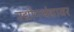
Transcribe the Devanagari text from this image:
उद्योगधंद्यावर